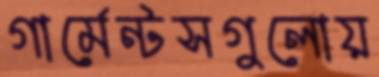
গার্মেন্টসগুলোয়